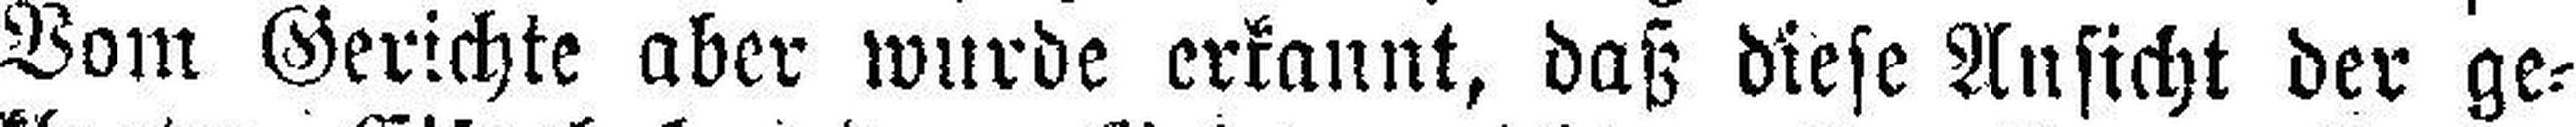
Vom Gerichte aber wurde erkannt, daß diese Ansicht der ge¬